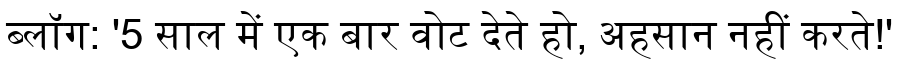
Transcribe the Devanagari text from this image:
ब्लॉग: '5 साल में एक बार वोट देते हो, अहसान नहीं करते!'